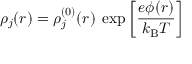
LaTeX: \rho _ { j } ( r ) = \rho _ { j } ^ { ( 0 ) } ( r ) \; \exp \left[ { \frac { e \phi ( r ) } { k _ { \mathrm { B } } T } } \right]